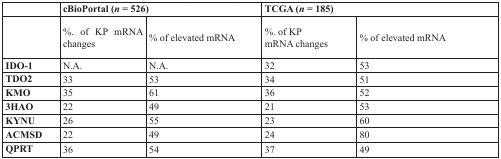
<table><thead><tr><td></td><td colspan="2"><b>cBioPortal (<i>n</i> = 526)</b></td><td colspan="2"><b>TCGA (<i>n</i> = 185)</b></td></tr><tr><td></td><td><b>%. of KP mRNA changes</b></td><td><b>% of elevated mRNA</b></td><td><b>%. of KPmRNA changes</b></td><td><b>% of elevated mRNA</b></td></tr></thead><tbody><tr><td><b>IDO-1</b></td><td>N.A.</td><td>N.A.</td><td>32</td><td>53</td></tr><tr><td><b>TDO2</b></td><td>33</td><td>53</td><td>34</td><td>51</td></tr><tr><td><b>KMO</b></td><td>35</td><td>61</td><td>36</td><td>52</td></tr><tr><td><b>3HAO</b></td><td>22</td><td>49</td><td>21</td><td>53</td></tr><tr><td><b>KYNU</b></td><td>26</td><td>55</td><td>23</td><td>60</td></tr><tr><td><b>ACMSD</b></td><td>22</td><td>49</td><td>24</td><td>80</td></tr><tr><td><b>QPRT</b></td><td>36</td><td>54</td><td>37</td><td>49</td></tr></tbody></table>